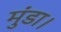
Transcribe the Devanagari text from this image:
मुंडा।